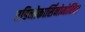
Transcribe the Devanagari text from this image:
एडिनोकार्सिनोमोसिस